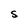
Character: S